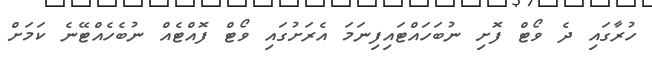
ހުރާގައި ދެ ވޯޓް ފޮށި ނުބަހައްޓައިފިނަމަ އެރަށުގައި ވޯޓް ފޮއްޓެއް ނުބެހެއްޓޭނެ ކަމަށް